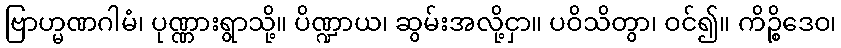
ဗြာဟ္မဏဂါမံ၊ ပုဏ္ဏားရွာသို့။ ပိဏ္ဍာယ၊ ဆွမ်းအလို့ငှာ။ ပဝိသိတွာ၊ ဝင်၍။ ကိဉ္စိဒေဝ၊